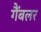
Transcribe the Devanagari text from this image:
गैंबलर